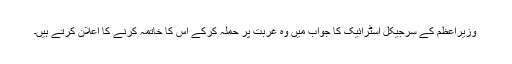
وزیراعظم کے سرجیکل اسٹرائیک کا جواب میں وہ غربت پر حملہ کرکے اس کا خاتمہ کرنے کا اعلان کرتے ہیں۔